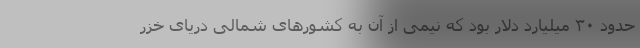
حدود ۳۰ میلیارد دلار بود که نیمی از آن به کشورهای شمالی دریای خزر